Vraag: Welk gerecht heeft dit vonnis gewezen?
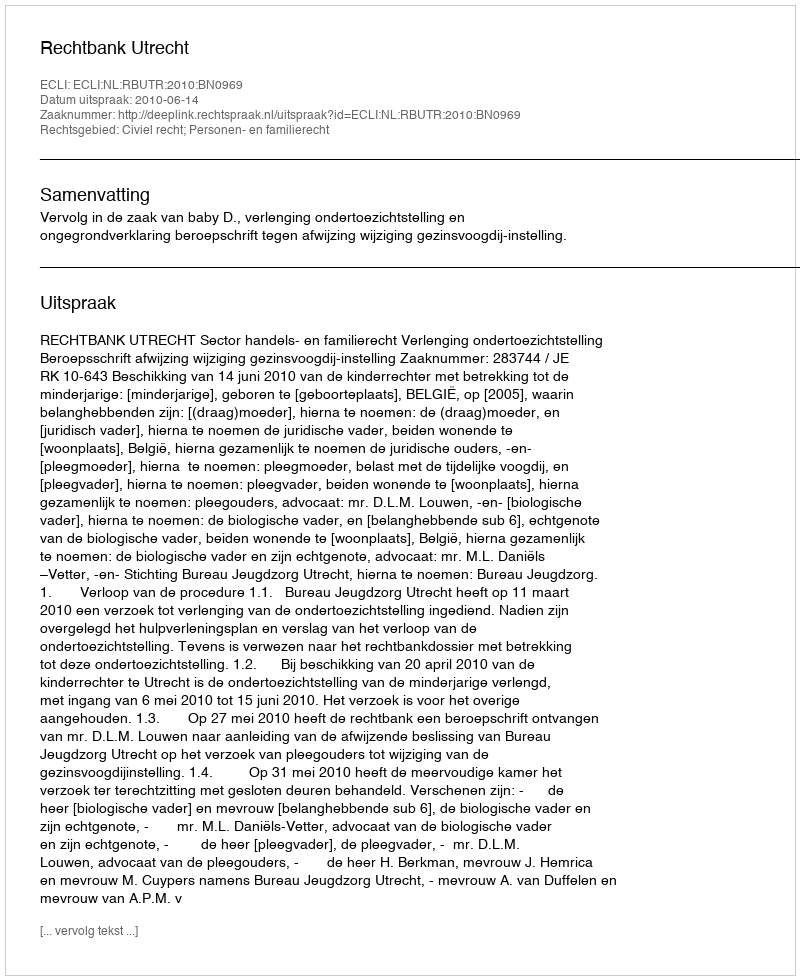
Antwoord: Rechtbank Utrecht